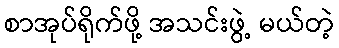
စာအုပ်ရိုက်ဖို့ အသင်းဖွဲ့ မယ်တဲ့